Sketch of the medical history of the native army of Bombay, for the year
Year: 1872
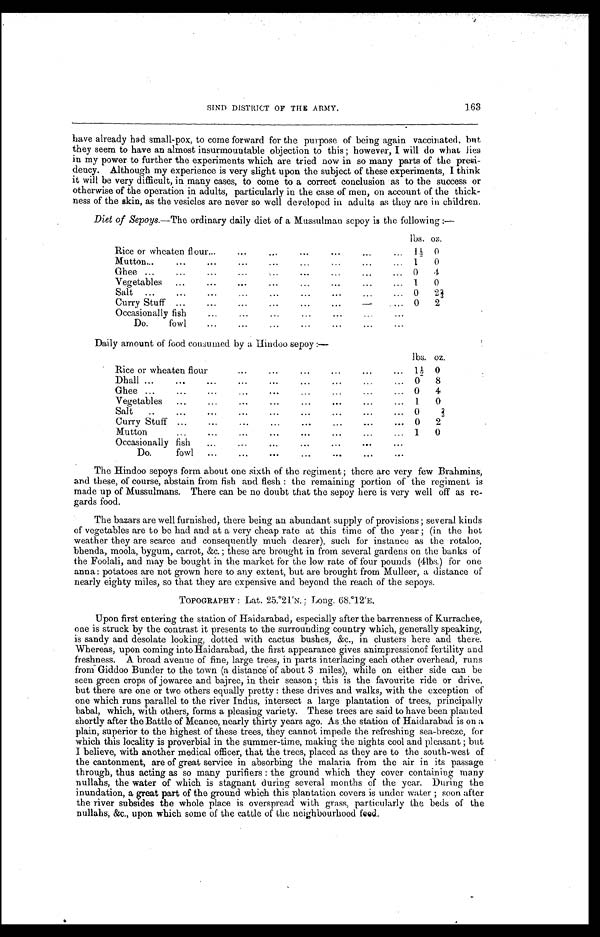
163
SIND DISTRICT OF THE ARMY.
have already had small-pox, to come forward for the purpose of being again vaccinated, but
they seem to have an almost insurmountable objection to this ; however, I will do what lies
in my power to further the experiments which are tried now in so many parts of the presi-
dency. Although my experience is very slight upon the subject of these experiments, I think
it will be very difficult, in many cases, to come to a correct conclusion as to the success or
otherwise of the operation in adults, particularly in the case of men, on account of the thick
- n e s s o f t h e s k i n , a s t h e v e s i c l e s a r e n e v e r s o w e l l d e v e l o p e d i n a d u l t s a s t h e y a r e i n c h i l d r e n .
Diet of Sepoys.—The ordinary daily diet of a Mussulman sepoy is the following:—
lbs. oz.
Rice or wheaten flour . . . 1½ 0
Mutton
.
.
. 1
0
Ghee
.
.
. 0
4
Vegetables . . . 1
0
Salt
.
.
. 0 2⅔
Curry Stuff . . . 0
2
Occasionally fish . . .
Do.
fowl
.
.
.
Daily amount of food consumed by a Hindoo sepoy :—
lbs. oz.
Rice or wheaten flour . . . 1½ 0
Dhall
.
.
. 0 8
Ghee
.
.
. 0
4
Vegetables . . . 1
0
Salt
.
.
. 0
2
⅔
Curry Stuff . . . 0 2
Mutton . . . 1
0
Occasionally fish
.
.
.
Do.
fowl
.
.
.
The Hindoo sepoys form about one sixth of the regiment ; there arc very few Brahmins;
and these, of course, abstain from fish and flesh : the remaining portion of the regiment is
made up of Mussulmans. There can be no doubt that the sepoy here is very well off as re
- g a r d s f o o d .
The bazars are well furnished, there being an abundant supply of provisions ; several kinds
of vegetables are to be had and at a very cheap rate at this time of the year ; (in the hot
weather they are scarce and consequently much dearer), such for instance as the rotaloo,
bhenda, moola, bygum, carrot, &c. ; these are brought in from several gardens on the banks of
the Foolali, and may be bought in the market for the low rate of four pounds (4lbs.) for one
anna: potatoes are not grown here to any extent, but are brought from Mulleer, a distance of
nearly eighty miles, so that they are expensive and beyond the reach of the sepoys.
TOPOGRAPHY : Lat. 25.°21'N. ; Long. 68.°12'E.
Upon first entering the station of Haidarabad, especially after the barrenness of Kurrachee,
one is struck by the contrast it presents to the surrounding country which, generally speaking,
is sandy and desolate looking, dotted with cactus bushes, &c., in clusters here and there.
Whereas, upon coming into Haidarabad, the first appearance gives animpressionof fertility and
freshness. A broad avenue of fine, large trees, in parts interlacing each other overhead, runs
from Giddoo Bunder to the town (a distance of about 3 miles), while on either side can be
seen green crops of jowaree and bajree, in their season ; this is the favourite ride or drive,
but there are one or two others equally pretty : these drives and walks, with the exception of
one which runs parallel to the river Indus, intersect a large plantation of trees, principally
babal, which, with others, forms a pleasing variety. These trees are said to have been planted
shortly after the Battle of Meanee, nearly thirty years ago. As the station of Haidarabad is on a
plain, superior to the highest of these trees, they cannot impede the refreshing sea-breeze, for
which this locality is proverbial in the summer-time, making the nights cool and pleasant ; but
I believe, with another medical officer, that the trees, placed as they are to the south-west of
the cantonment, are of great service in absorbing the malaria from the air in its passage
through, thus acting as so many purifiers : the ground which they cover containing many
nullahs, the water of which is stagnant during several months of the year. During the
inundation, a great part of the ground which this plantation covers is under water ; soon after
the river subsides the whole place is overspread with grass, particularly the beds of the
nullahs, &c., upon which some of the cattle of the neighbourhood feed.